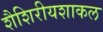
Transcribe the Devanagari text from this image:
शैशिरीयशाकल